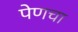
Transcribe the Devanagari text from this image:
पेणचा